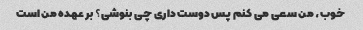
خوب، من سعی می کنم پس دوست داری چی بنوشی؟ بر عهده من است